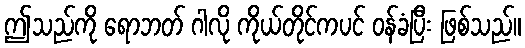
ဤသည်ကို ရောဘတ် ဂါလို ကိုယ်တိုင်ကပင် ဝန်ခံပြီး ဖြစ်သည်။